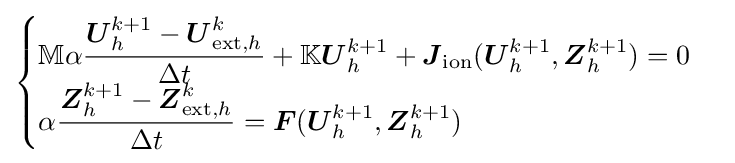
{\begin{cases}\mathbb {M} \alpha {\dfrac {{\boldsymbol {U}}_{h}^{k+1}-{\boldsymbol {U}}_{{\text{ext}},h}^{k}}{\Delta t}}+\mathbb {K} {\boldsymbol {U}}_{h}^{k+1}+{\boldsymbol {J}}_{\text{ion}}({\boldsymbol {U}}_{h}^{k+1},{\boldsymbol {Z}}_{h}^{k+1})=0\\\alpha {\dfrac {{\boldsymbol {Z}}_{h}^{k+1}-{\boldsymbol {Z}}_{{\text{ext}},h}^{k}}{\Delta t}}={\boldsymbol {F}}({\boldsymbol {U}}_{h}^{k+1},{\boldsymbol {Z}}_{h}^{k+1})\end{cases}}